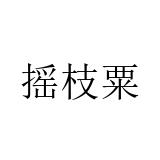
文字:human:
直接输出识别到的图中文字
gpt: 摇枝粟